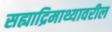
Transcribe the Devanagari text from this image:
सह्याद्रिमाथ्यावरील